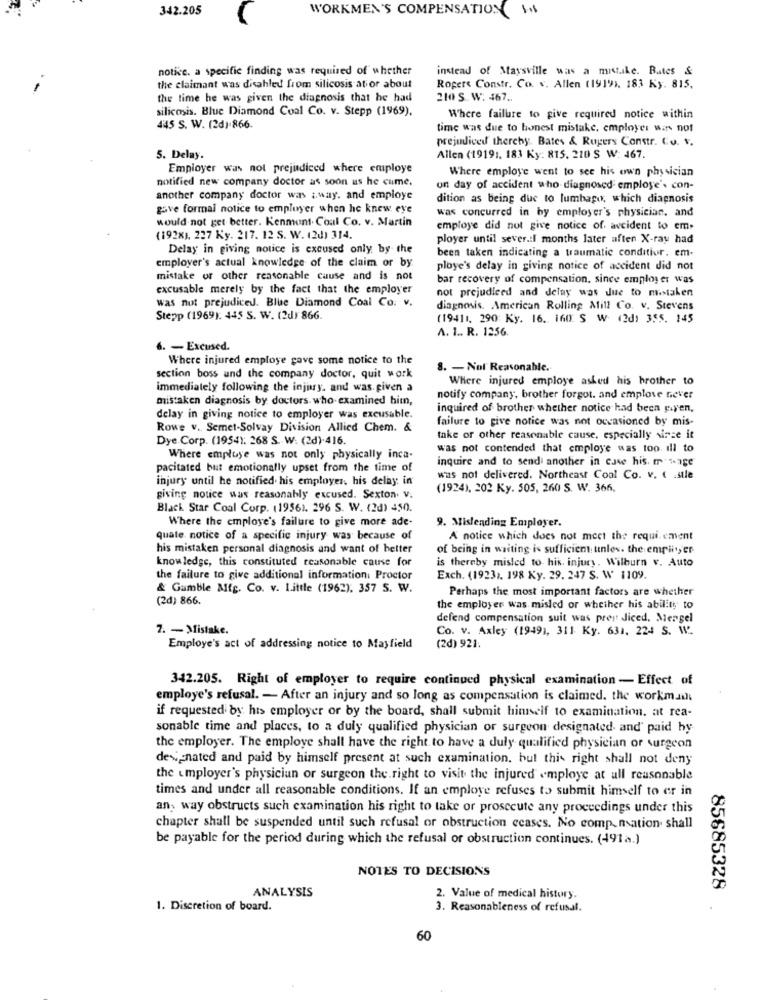
342.205
WORKMEN'S COMPENSATION SA
notice. a specific finding was required of whether
instead of Maysville was a mistake. Bates &
the claimant was disabled from silicosis atior about
Rogers Constr. Co. v. Allen (1919). 183 Ky. 815,
the time he was given the diagnosis that he had
210 S. W: 467 ..
silicosis. Blue Diamond Coal Co. v. Stepp (1969).
Where failure to give required notice within
445 S. W. (2d):866.
time was due to honest mistake, employer was not
prejudiced therchy. Bates & Rugers Constr. Co. v.
5. Delay.
Allen (19191. 183 Ky: 815, 210 S W: 467.
Employer was not prejudiced where employe
Where employe went to see his own physician
notified new company doctor as soon us he cume.
on day of accident who diagnosed employe's con-
another company doctor was ;way. and employe
dition as being due to lumbago, which diagnosis
gave formal notice to employer when he knew eye
was concurred in by employer's physician. and
would not get better. Kenmont. Coal Co. v. Martin
employe did not give notice of. avcident to em-
(192x), 237 Ky. 217. 12 S. W. (20) 314.
ployer until sever.il months later aften X-ray had
Delay in giving notice is excused only by the
been taken indicating a traumatic conditior. em-
employer's actual knowledge of the claim or by
ploye's delay in giving notice of accident did not
mistake or other reasonable cause and is not
bar recovery of compensation, since employer was
excusable merely by the fact that the employer
not prejudiced and delay was due to mistaken
was not prejudiced. Blue Diamond Coal Co. v.
diagnosis. American Rolling Mill Co. v. Stevens
Stepp (1969). 445 S. W. (2d) 866.
(19411, 290 Ky. 16. 160 S W (2d) 355. 145
A. 1 .. R. 1256.
6. - Excused.
Where injured employe gave some notice to the
8. - Not Reasonable.
section boss und the company doctor, quit work
Where injured employe asked his brother to
immediately following the injury, and was given a
mistaken diagnosis by doctors. who examined him,
notify company, brother forgot. and emplove never
inquired of brother whether notice had been pyen,
delay in giving notice to employer was excusable.
failure to give notice was not occasioned by mis-
Rowe v. Semet-Solvay Division Allied Chem. &
Dye Corp. (1954). 268 S. W. (2d).416.
take or other reasonable cause, especially since it
was not contended that employe was too. ill to
Where empluye was not only physically inca-
inquire and to send another in case his. m sage
pacitated but emotionally upset from the time of
injury until he notified his employer. his delay in
was not delivered. Northeast Coal Co. v. ( .stle
(1924), 202 Ky. 505, 260 S. W. 366.
giving notice was reasonably excused. Sexton. v.
Black Star Coal Corp. (19561. 296 S. W. (2d) 450.
Where the employe's failure to give more ade-
9. Misleading Employer.
quale notice of a specific injury was because of
A notice which does not meet the requirement
his mistaken personal diagnosis and want of better
of being in waiting is sufficient. unles. the employer
knowledge, this constituted reasonable cause for
is thereby misled to hik. injury. Wilburn v. Auto
the failure to give additional information: Proctor
Exch. (19231. 198 Ky. 29. 247 S. W 1109.
& Gamble Afg. Co. v. Little (1962). 357 S. W.
Perhaps the most important factors are whether
(2d) 866.
the employer was misled or whether his ability to
defend compensation suit was prent diced, Mengel
7. - Mistake.
Co. v. Axley (1949), 311 Ky. 631. 224 S. W ..
Employe's act of addressing notice to Mayfield
(2d) 921.
342.205. Right of employer to require continued physical examination - Effect of
employe's refusal. - After an injury and so long as compensation is claimed. the workmail
if requested by his employer or by the board, shall submit himself to examination. at rea-
sonable time and places, to a duly qualified physician or surgeon designated. and' paid hy
the employer. The employe shall have the right to have a duly qualified physician or surgeon
designated and paid by himself present at such examination, but this right shall not deny
the employer's physician or surgeon the right to visit the injured employe at all reasonable
times and under all reasonable conditions. If an employe refuses to submit himself to er in
an, way obstructs such examination his right to take or prosecute any proceedings under this
chapter shall be suspended until such refusal or obstruction ceases. No compensation. shall
be payable for the period during which the refusal or obstruction continues. (491a.)
NOTES TO DECISIONS
ANALYSIS
85685328
2. Value of medical history.
1. Discretion of board.
3. Reasonableness of refusal.
60